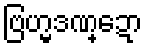
ဗြဟ္မဒဏ္ဍော